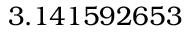
3 . 1 4 1 5 9 2 6 5 3